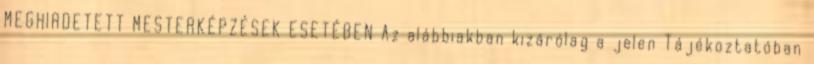
MEGHIRDETETT MESTERKÉPZÉSEK ESETÉBEN Az alábbiakban kizárólag a jelen Tájékoztatóban